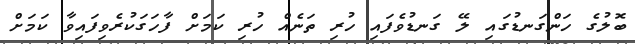
ބޮލުގެ ހަންގަނޑުގައި ލޭ ގަނޑުވެފައި ހުރި ތަނެއް ހުރި ކަމަށް ފާހަގަކުރެވިފައިވާ ކަމަށް